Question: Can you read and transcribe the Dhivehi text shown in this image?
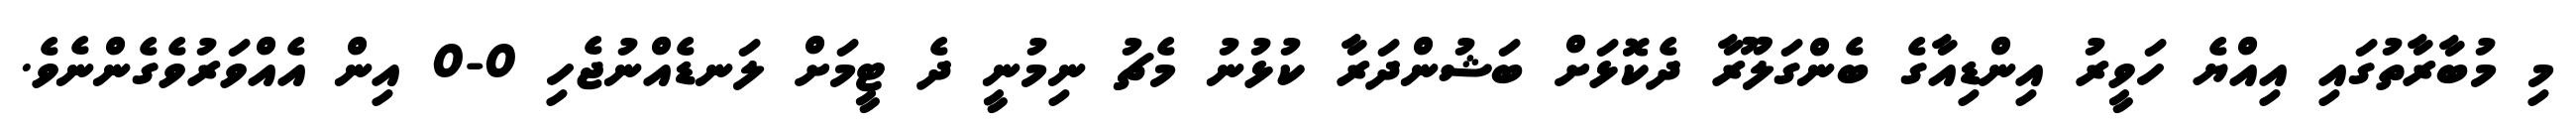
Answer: މި މުބާރާތުގައި އިއްޔެ ހަވީރު އިންޑިއާގެ ބެންގަލޫރާ ދެކޮޅަށް ބަޝުންދަރާ ކުޅުނު މެޗު ނިމުނީ ދެ ޓީމަށް ލަނޑެއްނުޖެހި 0-0 އިން އެއްވަރުވެގެންނެވެ.